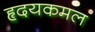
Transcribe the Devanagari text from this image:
हृदयकमल